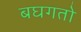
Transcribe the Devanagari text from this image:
बघगतो